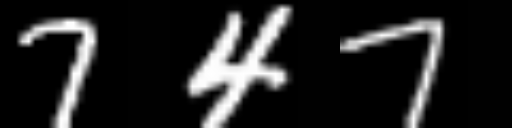
Text: 747